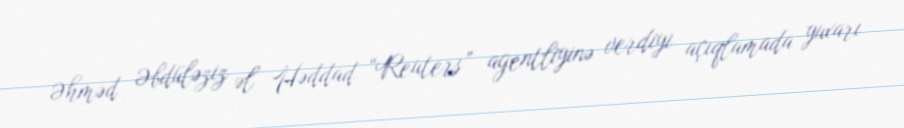
Əhməd Əbdüləziz əl Həddad “Reuters” agentliyinə verdiyi açıqlamada yuxarı